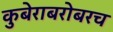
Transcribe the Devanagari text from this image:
कुबेराबरोबरच